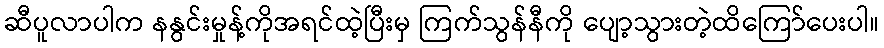
ဆီပူလာပါက နနွင်းမှုန့်ကိုအရင်ထဲ့ပြီးမှ ကြက်သွန်နီကို ပျော့သွားတဲ့ထိကြော်ပေးပါ။